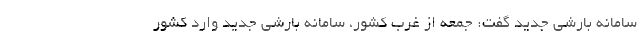
سامانه بارشی جدید گفت: جمعه از غرب کشور، سامانه بارشی جدید وارد کشور